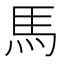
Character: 馬